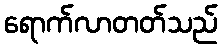
ရောက်လာတတ်သည်